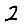
Digit: 2